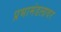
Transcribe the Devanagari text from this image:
प्रभामंडलावर